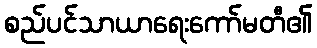
စည်ပင်သာယာရေးကော်မတီ၏